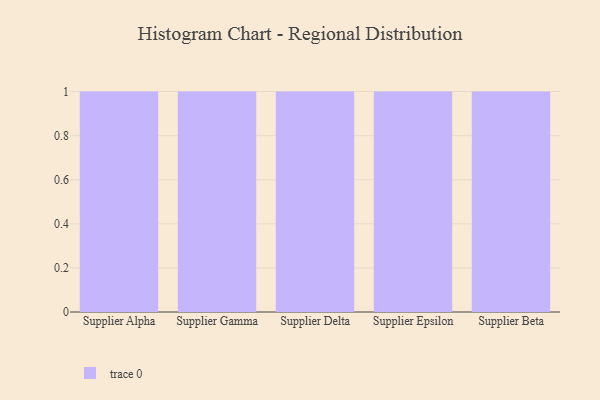
{"axis": {"x": "Supplier", "y": "Budget (USD K)"}, "legend": [""], "data": [{"x": "Supplier Alpha", "y": 22, "type": ""}, {"x": "Supplier Gamma", "y": 66, "type": ""}, {"x": "Supplier Delta", "y": 24, "type": ""}, {"x": "Supplier Epsilon", "y": 84, "type": ""}, {"x": "Supplier Beta", "y": 96, "type": ""}]}